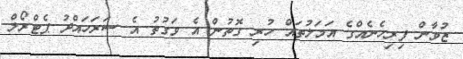
ޒުވާން ފިރިހެނެއްގެ އަމަލުތައް ހުރި ގޮތުން އެ ވަގުތު އެ ސަރަހައްދު ޕެޓްރޯލް